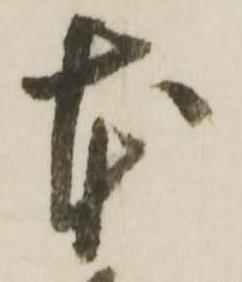
本